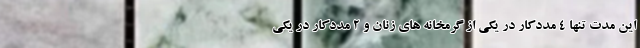
این مدت تنها ۴ مددکار در یکی از گرمخانه های زنان و ۲ مددکار در یکی